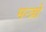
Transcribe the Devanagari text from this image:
मन्त्राें